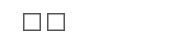
٢٦